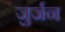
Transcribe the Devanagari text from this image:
जुर्जन